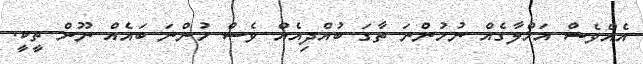
އެއްވެސް އަޚްލާގެއް ނުހުންނަ ތާގަ ބުއްދިއެއް ވެސް ހުންނަ ބައެއް ނޫން ތީކީ.